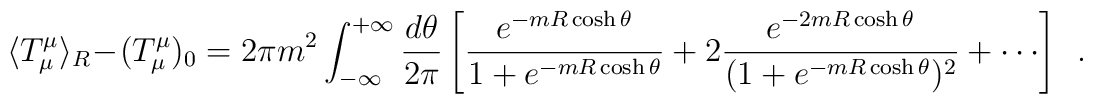
\langle T^\mu_\mu \rangle_R - (T_\mu^\mu)_0 = 2\pi m^2\int_{-\infty}^{+\infty}\frac{d\theta}{2\pi} \left[\frac{e^{-m R \cosh\theta}}{1+ e^{-mR \cosh\theta}} +2 \frac{e^{-2 m R \cosh\theta}}{(1+e^{-m R \cosh\theta})^2} +\cdots \right]\,\,\,.